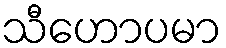
သီဟောပမာ